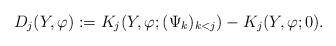
LaTeX: \begin{align*}D_{j} (Y, \varphi) := K_j (Y, \varphi ; (\Psi_k)_{k<j}) - K_j (Y, \varphi ; 0) .\end{align*}